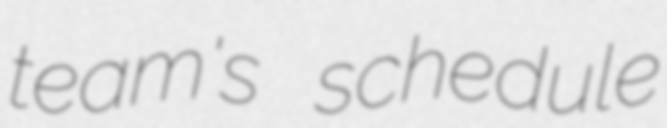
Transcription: team's schedule